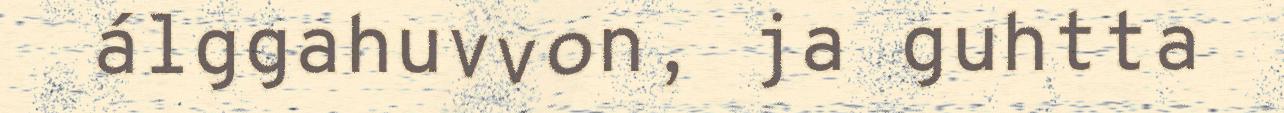
álggahuvvon, ja guhtta